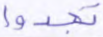
تجدوا